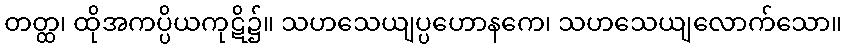
တတ္ထ၊ ထိုအကပ္ပိယကုဋိ၌။ သဟသေယျပ္ပဟောနကေ၊ သဟသေယျလောက်သော။